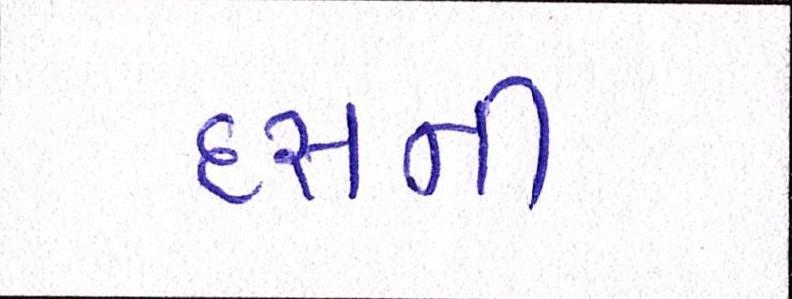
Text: દસની